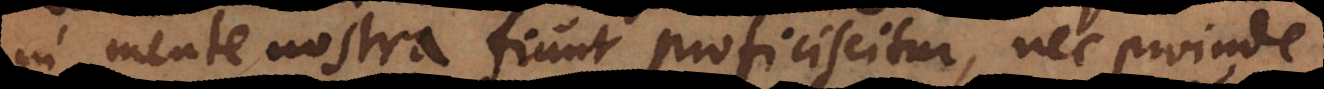
in mente nostra fiunt proficiscitur, nec proinde